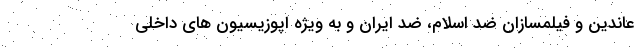
عاندین و فیلمسازان ضد اسلام، ضد ایران و به ویژه اپوزیسیون های داخلی